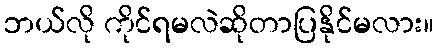
ဘယ်လို ကိုင်ရမလဲဆိုတာပြနိုင်မလား။